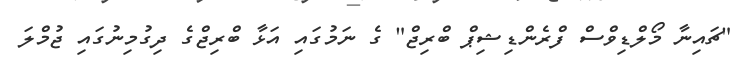
"ޗައިނާ މޯލްޑިވްސް ފްރެންޑިޝިޕް ބްރިޖް" ގެ ނަމުގައި އަޅާ ބްރިޖްގެ ދިގުމިނުގައި ޖުމްލަ